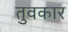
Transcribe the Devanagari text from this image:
तुवकार